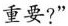
重要?”